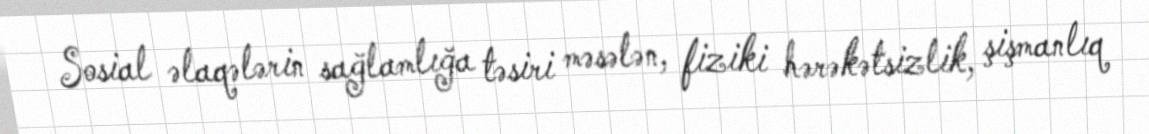
Sosial əlaqələrin sağlamlığa təsiri məsələn, fiziki hərəkətsizlik, şişmanlıq